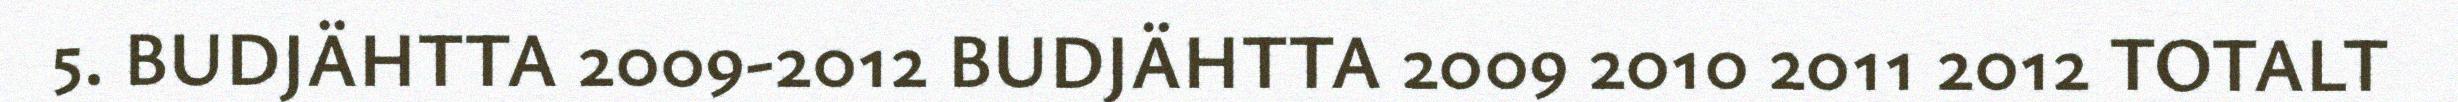
5. BUDJÄHTTA 2009-2012 BUDJÄHTTA 2009 2010 2011 2012 TOTALT